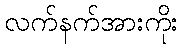
လက်နက်အားကိုး